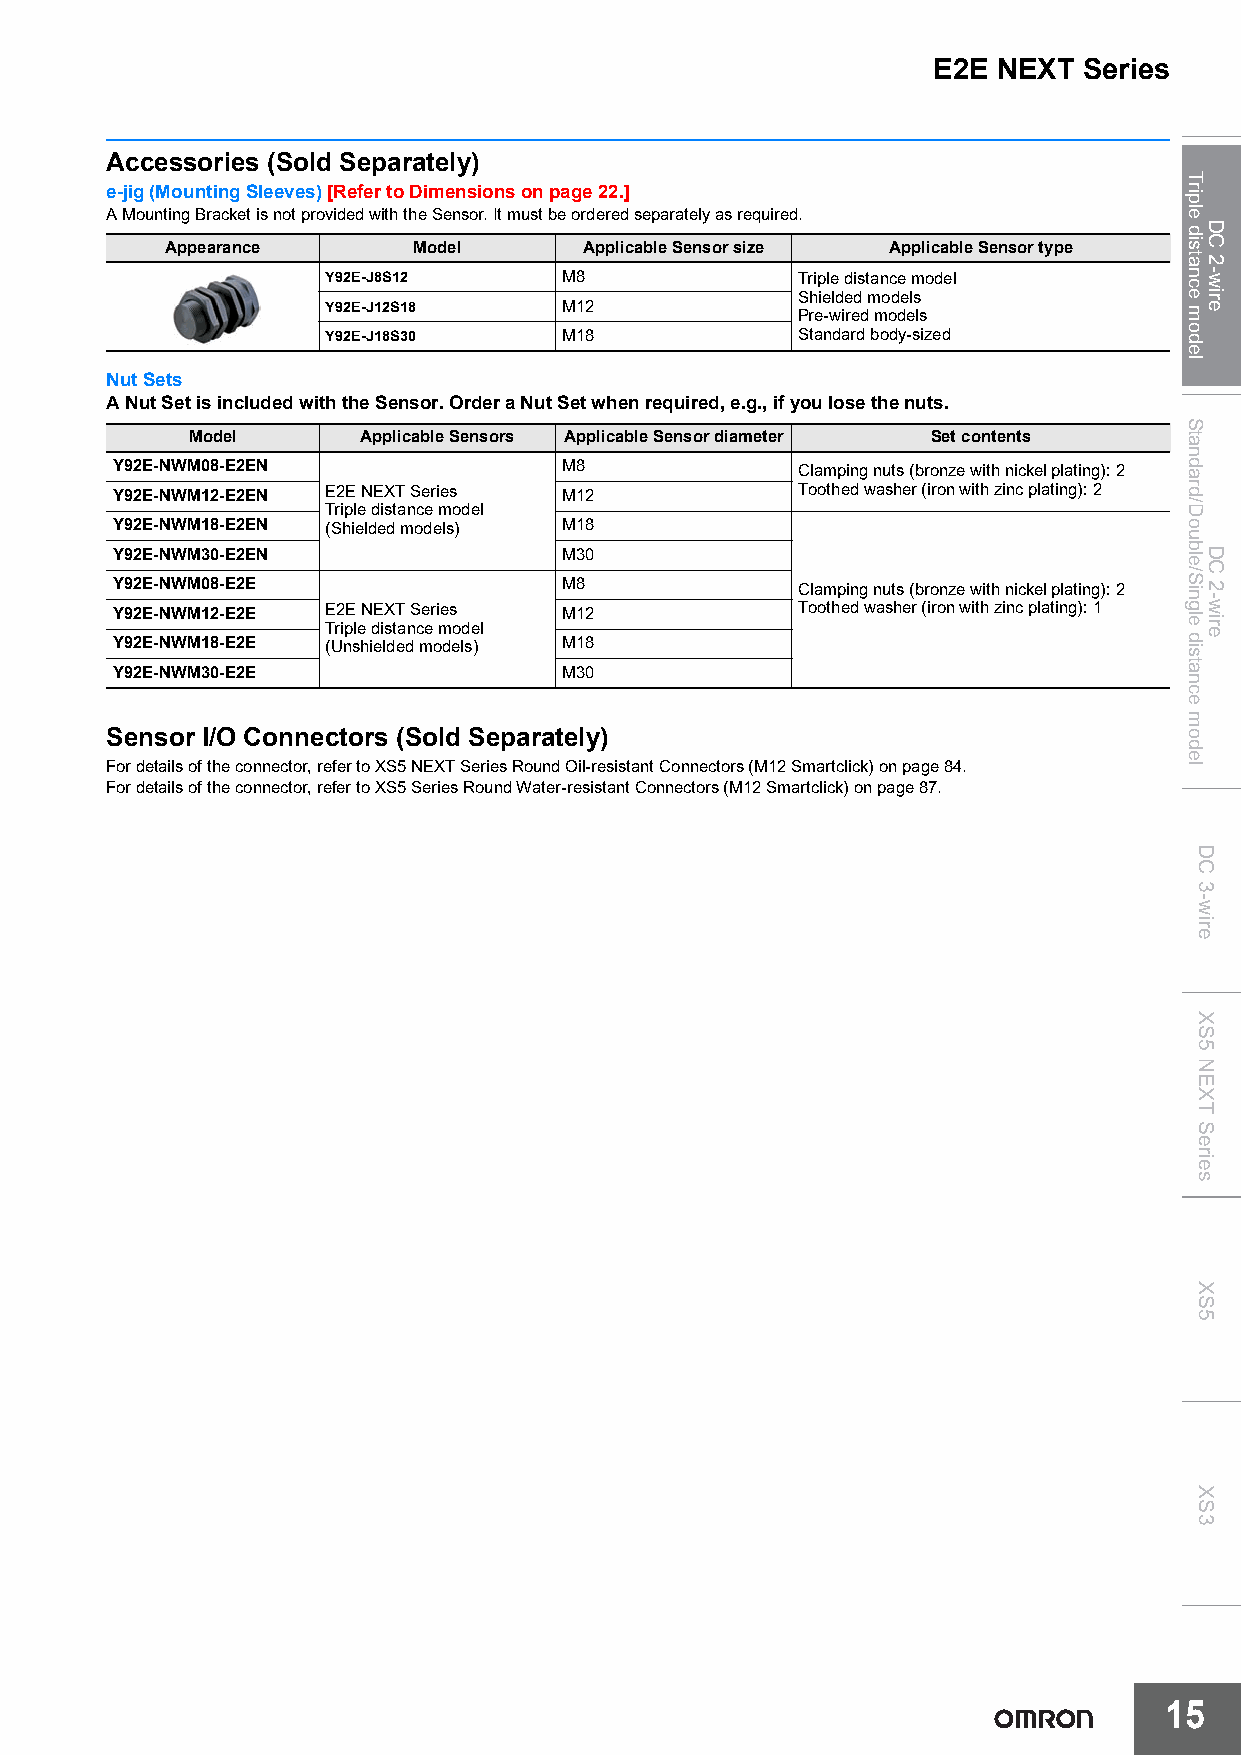
E2E NEXT  Series
 Accessories (Sold Separately)
 e-jig (Mounting Sleeves) [Refer to Dimensions on page22.]
 A Mounting Bracket is not provided with the Sensor. It must be ordered separately as required.
 Appearance      Model       Applicable Sensor size Applicable Sensor type
 Y92E-J8S12     M8              Triple distance model
 Shielded models
 Y92E-J12S18    M12             Pre-wired models
 Y92E-J18S30    M18             Standard body-sized
 Nut Sets
 A Nut Set is included with the Sensor. Order a Nut Set when required, e.g., if you lose the nuts.
 Model       Applicable Sensors Applicable Sensor diameter Set contents
 Y92E-NWM08-E2EN               M8              Clamping nuts (bronze with nickel plating): 2
 Y92E-NWM12-E2EN E2E NEXT Series M12           Toothed washer (iron with zinc plating): 2
 Triple distance model
 Y92E-NWM18-E2EN (Shielded models) M18
 Y92E-NWM30-E2EN               M30
 Y92E-NWM08-E2E                M8              Clamping nuts (bronze with nickel plating): 2
 Y92E-NWM12-E2E E2E NEXT Series M12            Toothed washer (iron with zinc plating): 1
 Triple distance model
 Y92E-NWM18-E2E (Unshielded models) M18
 Y92E-NWM30-E2E                M30
 Sensor I/O Connectors (Sold Separately)
 For details of the connector, refer to XS5 NEXT Series Round Oil-resistant Connectors (M12 Smartclick) on page 84.
 For details of the connector, refer to XS5 Series Round Water-resistant Connectors (M12 Smartclick) on page 87.
 15
 Triple
 distance
 model
 Standard/Double/Single
 distance
 model
 DC
 3-wire
 XS5
 NEXT
 Series
 XS5
 XS3
 DC
 2-wire
 DC
 2-wire